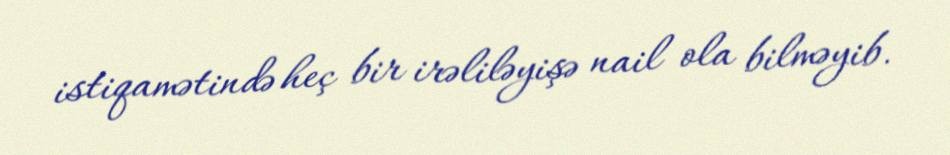
istiqamətində heç bir irəliləyişə nail ola bilməyib.